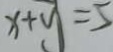
x + y = 5